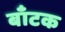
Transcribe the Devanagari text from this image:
बाँटक